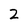
Character: 2